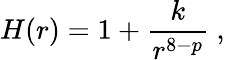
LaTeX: H(r)=1+\frac{k}{r^{8-p}}\ ,